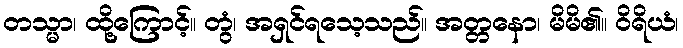
တသ္မာ၊ ထို့ကြောင့်။ တွံ၊ အရှင်ရသေ့သည်။ အတ္တနော၊ မိမိ၏။ ဝိရိယံ၊